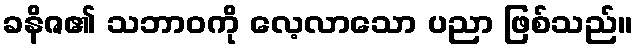
ခနိဇ၏ သဘာဝကို လေ့လာသော ပညာ ဖြစ်သည်။